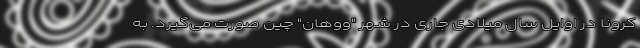
کرونا در اوایل سال میلادی جاری در شهر "ووهان" چین صورت می‌گیرد. به